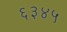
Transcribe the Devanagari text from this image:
६३४५